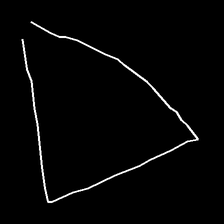
Glyph: convergence